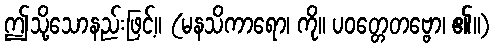
ဤသို့သောနည်းဖြင့်။ (မနသိကာရော၊ ကို။ ပဝတ္တေတဗ္ဗော၊ ၏။)